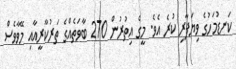
ކަނޑުމަހުގެ ވިޔަފާރި ކުރެ އެވެ. މީގެ އިތުރުން 270 ބާވަތެއްގެ ތަރުކާރީއާއި މޭވާވެސް